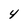
Character: Y